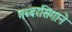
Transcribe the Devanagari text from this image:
गब्बरसिंगाने